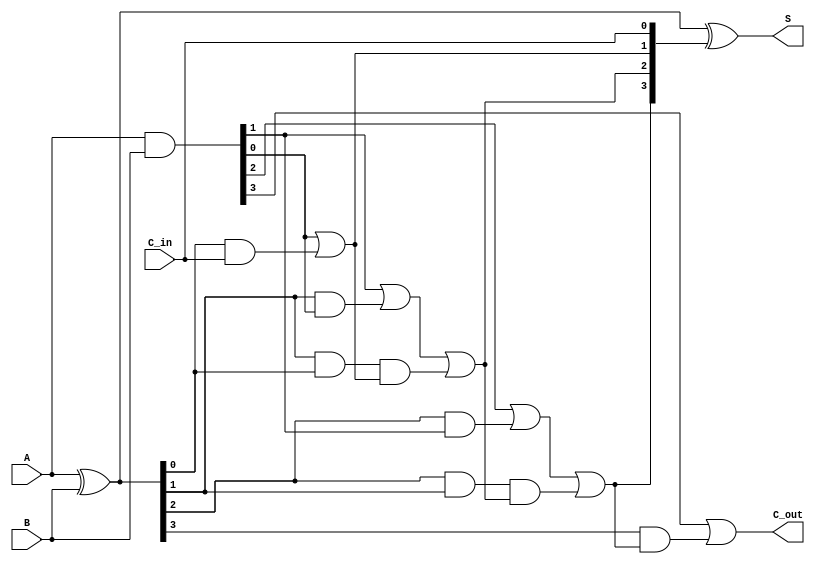
module Sklansky_Adder #(parameter n = 4) (
    input  [n-1:0] A,         // First binary number
    input  [n-1:0] B,         // Second binary number
    input         C_in,       // Carry-in
    output [n-1:0] S,         // Sum output
    output        C_out       // Carry-out
);

    // Intermediate signals
    wire [n-1:0] P;           // Propagate signals
    wire [n-1:0] G;           // Generate signals
    wire [n:0] C;             // Carry signals (C[0] = C_in)

    // Generate propagate and generate signals
    assign P = A ^ B;         // P[i] = A[i] ^ B[i]
    assign G = A & B;         // G[i] = A[i] & B[i]

    // Carry signal generation
    assign C[0] = C_in;       // C[0] = C_in

    // Level 1 carry signals
    genvar i;
    generate
        for (i = 0; i < n; i = i + 1) begin: carry_generation
            if (i == 0) begin
                assign C[i + 1] = G[i] | (P[i] & C[i]); // C[1] = G[0] + (P[0] * C_in)
            end else begin
                assign C[i + 1] = G[i] | (P[i] & G[i - 1]) | (P[i] & P[i - 1] & C[i]); // C[i + 1] generation
            end
        end
    endgenerate

    // Sum calculation
    assign S = P ^ {C[n-1:0]}; // S[i] = P[i] ^ C[i]

    // Final carry-out
    assign C_out = G[n-1] | (P[n-1] & C[n-1]); // C_out = G[n-1] + (P[n-1] * C[n-1])

endmodule